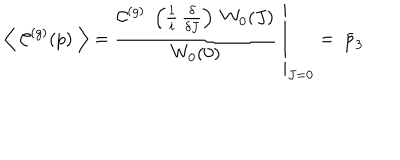
\left\langle \; \mathcal { C } ^ { ( g ) } ( p ) \; \right\rangle = \left. \frac { \mathcal { C } ^ { ( g ) } \; \left( \frac { 1 } { i } \, \frac { \delta } { \delta J } \right) \; W _ { 0 } ( J ) } { W _ { 0 } ( 0 ) } \; \right\vert _ { J = 0 } = \; \bar { p } _ { 3 }